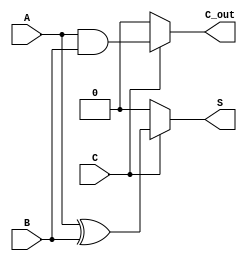
module Conditional_Half_Adder (
    input wire A,        // First single-bit input
    input wire B,        // Second single-bit input
    input wire C,        // Conditional control input
    output wire S,       // Sum output
    output wire C_out    // Carry output
);

    // Conditional Half-Adder logic
    assign S = C ? (A ^ B) : 1'b0;      // Sum is A XOR B if C is 1, else 0
    assign C_out = C ? (A & B) : 1'b0;  // Carry is A AND B if C is 1, else 0

endmodule